Report of the King Institute of Preventive Medicine, Guindy
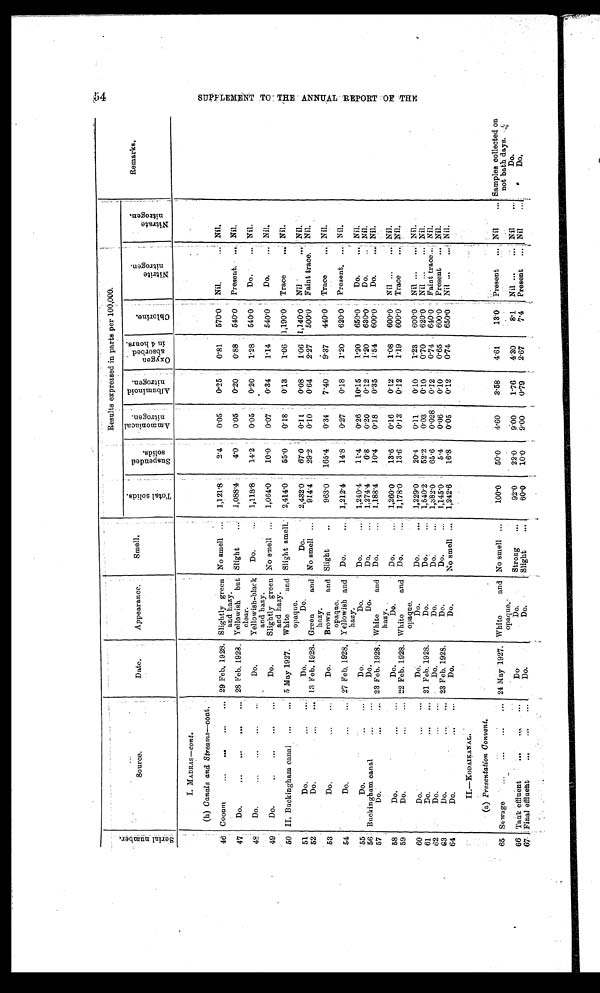
s e r i a l n u m b e r
S o
e u r c e .
Date.
Appearance.
Smell.
Results expressed in parts per 100,000.
Remarks.
T o t a l s o l i d s .
S u s p e
n d e d. s o l i d
A m m
o n i c a l
n i t r o g e n .
:
A l b u m i n o i d
n i t r o g e n . .
O x y g e n
a b s o r b e d i n 4 h o u r s .
C h l o r i n e .
N i t r i t e
n i t r o g e n .
N i t r a t e
n i t r o g e n
I. MADRAs-cont.
(h) Canals and Streams-cont.
46 Cooum
...
...
... 29 Feb, 1928. Slightly green
and hazy.
No smell ...
1,121.8
2.4
0.05
0.25
0.81
570.0
Nil.
... Nil.
47
Do.
. . .
...
28 Feb. 1928. Yellowish but
clear.
Slight
...
1,088.4
4.0
0.05
0.20
0.88
540.0
Present.
Nil.
48
Do.
...
...
...
Do.
Yellowish-black
and hazy.
Do.
...
1,11.8'8
14.2
0.05
0.20
1.28
540.0
I
Do.
... Nil.
49
Do.
..
...
..
. . .
Do.
Slightly green
and hazy.
No smell ..,
1,064.0
10.0
0.07
0.34
1.14
540 .0
Do.
... Nil.
50 II. Buckingham canal
...
... 5 M ay 1927.
an
White
and
opaque.
Slight smell.
2,414.0
55.0
0.18
0.13
1.06 1,190.0
Trace
... Nil.
51
Do.
...,
Do.
Do.
Do.
2,432.0 .
67.0
0.1 I.
0.08
1.06 1,140.0
Nil
... Nil .
13 Feb. 1928. Green
and
hazy.
No smell ...
914.4
29.2
0.10
0..64
2.27
500.0
Faint trace.
Nil.
52
Do.
...
53
Do.
...
Do.
Brown
and
opaque.
Slight
.,
963.0
165.4
0.31
7.40
6.37
440.0
Trace
... Nil.
Nil.
54
Do.
...
... 27 Feb. 1928. Yellowish and
hazy.
Do.
.,,
1,212.4
14.8.
0.27
0.18
1.20
620 . 0
Present. ...
55
Do.
Do.
Do.
...
1,240.4
11.4
0.26
10.15
1.20
650.0
Do.
... Nil.
Do.
'
56
...
...
Buckingham canal
...
. . .
Do.
Do.
Do.
...
1,274 .4
6.8
0.20
0.12
1.20
630.0
..
Do.
Nil.
57
..,
Do.
23 Feb. 1928. White
and
hazy.
Do.
..
1,188.4
10.4
0.18
0.35
.1.54
6 0 0 . 0
D o . . . Nil
58
Do.
...
...
Do.
Do.
' Do.
...
1,260.0
13.6
0.16
0.12
1.08
600.0
Nil ...
... Nil.
59
Do.
...
... 22 Feb. 1928. White
and
opaque.
Do.
...
1,178 .0
13.6
0.13
0.12
1.19
600.0
Trace
... Nil.
60
Do.
Do.
Do.
1,229.0
20.1
0.11
0.10
1.23
600.0
Nil ...
.
Nil.
Do.
61
Do.
21 Feb. 1928.
Do.
Do.
...
1,540. 2
52.2
0.03
0.10
010
620.0
Nil ...
... Nil.
432
.•.
•••
Do.
Do.
Do.
Do.
...
1,382.0
65.6
0.028
0 .12
014
640 . 0 '
'
Faint trace...: Nil.
6 3
Do.
...
... 23 Feb. 1928.
Do.
Do.
...
1,145 .0 ,
5.4
0.06
0.10
0.65
600 . 0
Present
... Nil.
Do.
Do.
No smell ...
1,242 . 6
16.8
0.05
0.12
014
650.0
Nil
.., Nil.
64
Do.
II.-KODAIKANAL
.
(a) Presentation Convent.
.
65 Sewage
...
...
...
... 24 May 1927. White
and
opaque.
No smell ...
100.0
50.0
4.60
3.58
4.61
13.0
Present
Nil
Samples collected or
not bath days.
66 Tank effluent
...
...... •
Do
Do.
Strong
...
92.0
22.0
9.00
1.76
4.30
8.1
Nil ...
... Nil
.
Do.
Do.
Do.
Slight
60.0
10.0
9.00
0.79
2.67
7.4
Present
.
..
.
Nil
.
Do.
67. Final effluent
...
...
SUPPLE
M E N Tt o T H E A N N U A L
REPORT OF THE